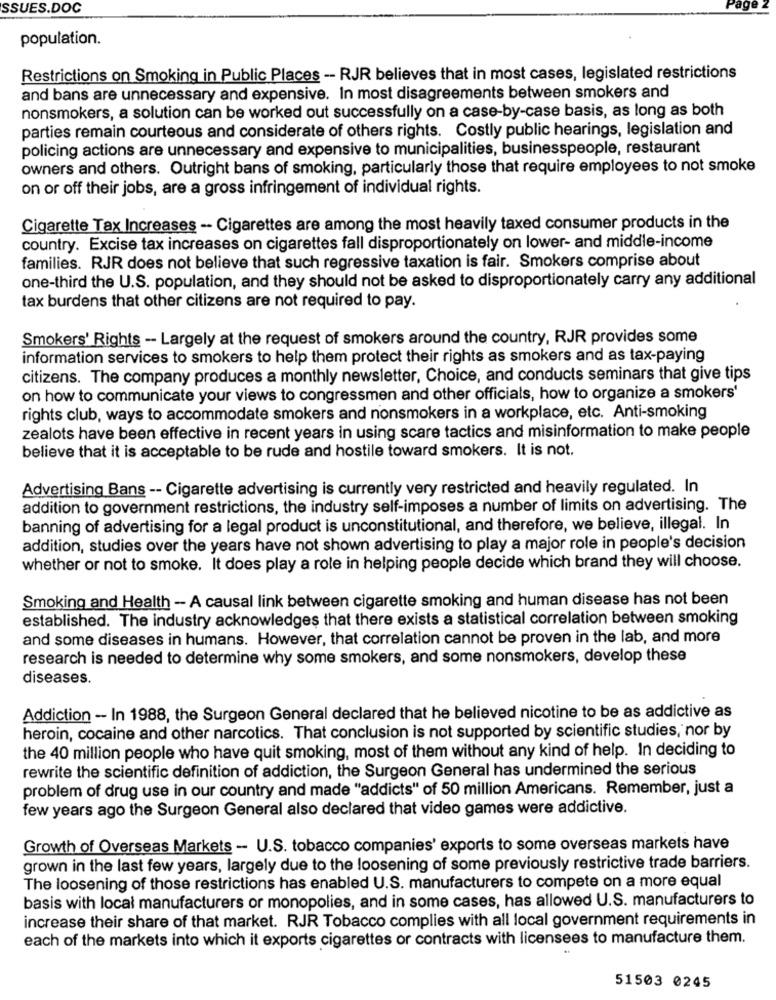
SSUES.DOC
age
population.
Restrictions on Smoking in Public Places -- RJR believes that in most cases, legislated restrictions
and bans are unnecessary and expensive. In most disagreements between smokers and
nonsmokers, a solution can be worked out successfully on a case-by-case basis, as long as both
parties remain courteous and considerate of others rights. Costly public hearings, legislation and
policing actions are unnecessary and expensive to municipalities, businesspeople, restaurant
owners and others. Outright bans of smoking, particularly those that require employees to not smoke
on or off their jobs, are a gross infringement of individual rights.
Cigarette Tax Increases -- Cigarettes are among the most heavily taxed consumer products in the
country. Excise tax increases on cigarettes fall disproportionately on lower- and middle-income
families. RJR does not believe that such regressive taxation is fair. Smokers comprise about
one-third the U.S. population, and they should not be asked to disproportionately carry any additional
tax burdens that other citizens are not required to pay.
Smokers' Rights -- Largely at the request of smokers around the country, RJR provides some
information services to smokers to help them protect their rights as smokers and as tax-paying
citizens. The company produces a monthly newsletter, Choice, and conducts seminars that give tips
on how to communicate your views to congressmen and other officials, how to organize a smokers'
rights club, ways to accommodate smokers and nonsmokers in a workplace, etc. Anti-smoking
zealots have been effective in recent years in using scare tactics and misinformation to make people
believe that it is acceptable to be rude and hostile toward smokers. It is not.
Advertising Bans -- Cigarette advertising is currently very restricted and heavily regulated. In
addition to government restrictions, the industry self-imposes a number of limits on advertising. The
banning of advertising for a legal product is unconstitutional, and therefore, we believe, illegal. In
addition, studies over the years have not shown advertising to play a major role in people's decision
whether or not to smoke. It does play a role in helping people decide which brand they will choose.
Smoking and Health - A causal link between cigarette smoking and human disease has not been
established. The industry acknowledges that there exists a statistical correlation between smoking
and some diseases in humans. However, that correlation cannot be proven in the lab, and more
research is needed to determine why some smokers, and some nonsmokers, develop these
diseases.
Addiction - In 1988, the Surgeon General declared that he believed nicotine to be as addictive as
heroin, cocaine and other narcotics. That conclusion is not supported by scientific studies, nor by
the 40 million people who have quit smoking, most of them without any kind of help. In deciding to
rewrite the scientific definition of addiction, the Surgeon General has undermined the serious
problem of drug use in our country and made "addicts" of 50 million Americans. Remember, just a
few years ago the Surgeon General also declared that video games were addictive.
Growth of Overseas Markets - U.S. tobacco companies' exports to some overseas markets have
grown in the last few years, largely due to the loosening of some previously restrictive trade barriers.
The loosening of those restrictions has enabled U.S. manufacturers to compete on a more equal
basis with local manufacturers or monopolies, and in some cases, has allowed U.S. manufacturers to
increase their share of that market. RJR Tobacco complies with all local government requirements in
each of the markets into which it exports cigarettes or contracts with licensees to manufacture them.
51503 0245